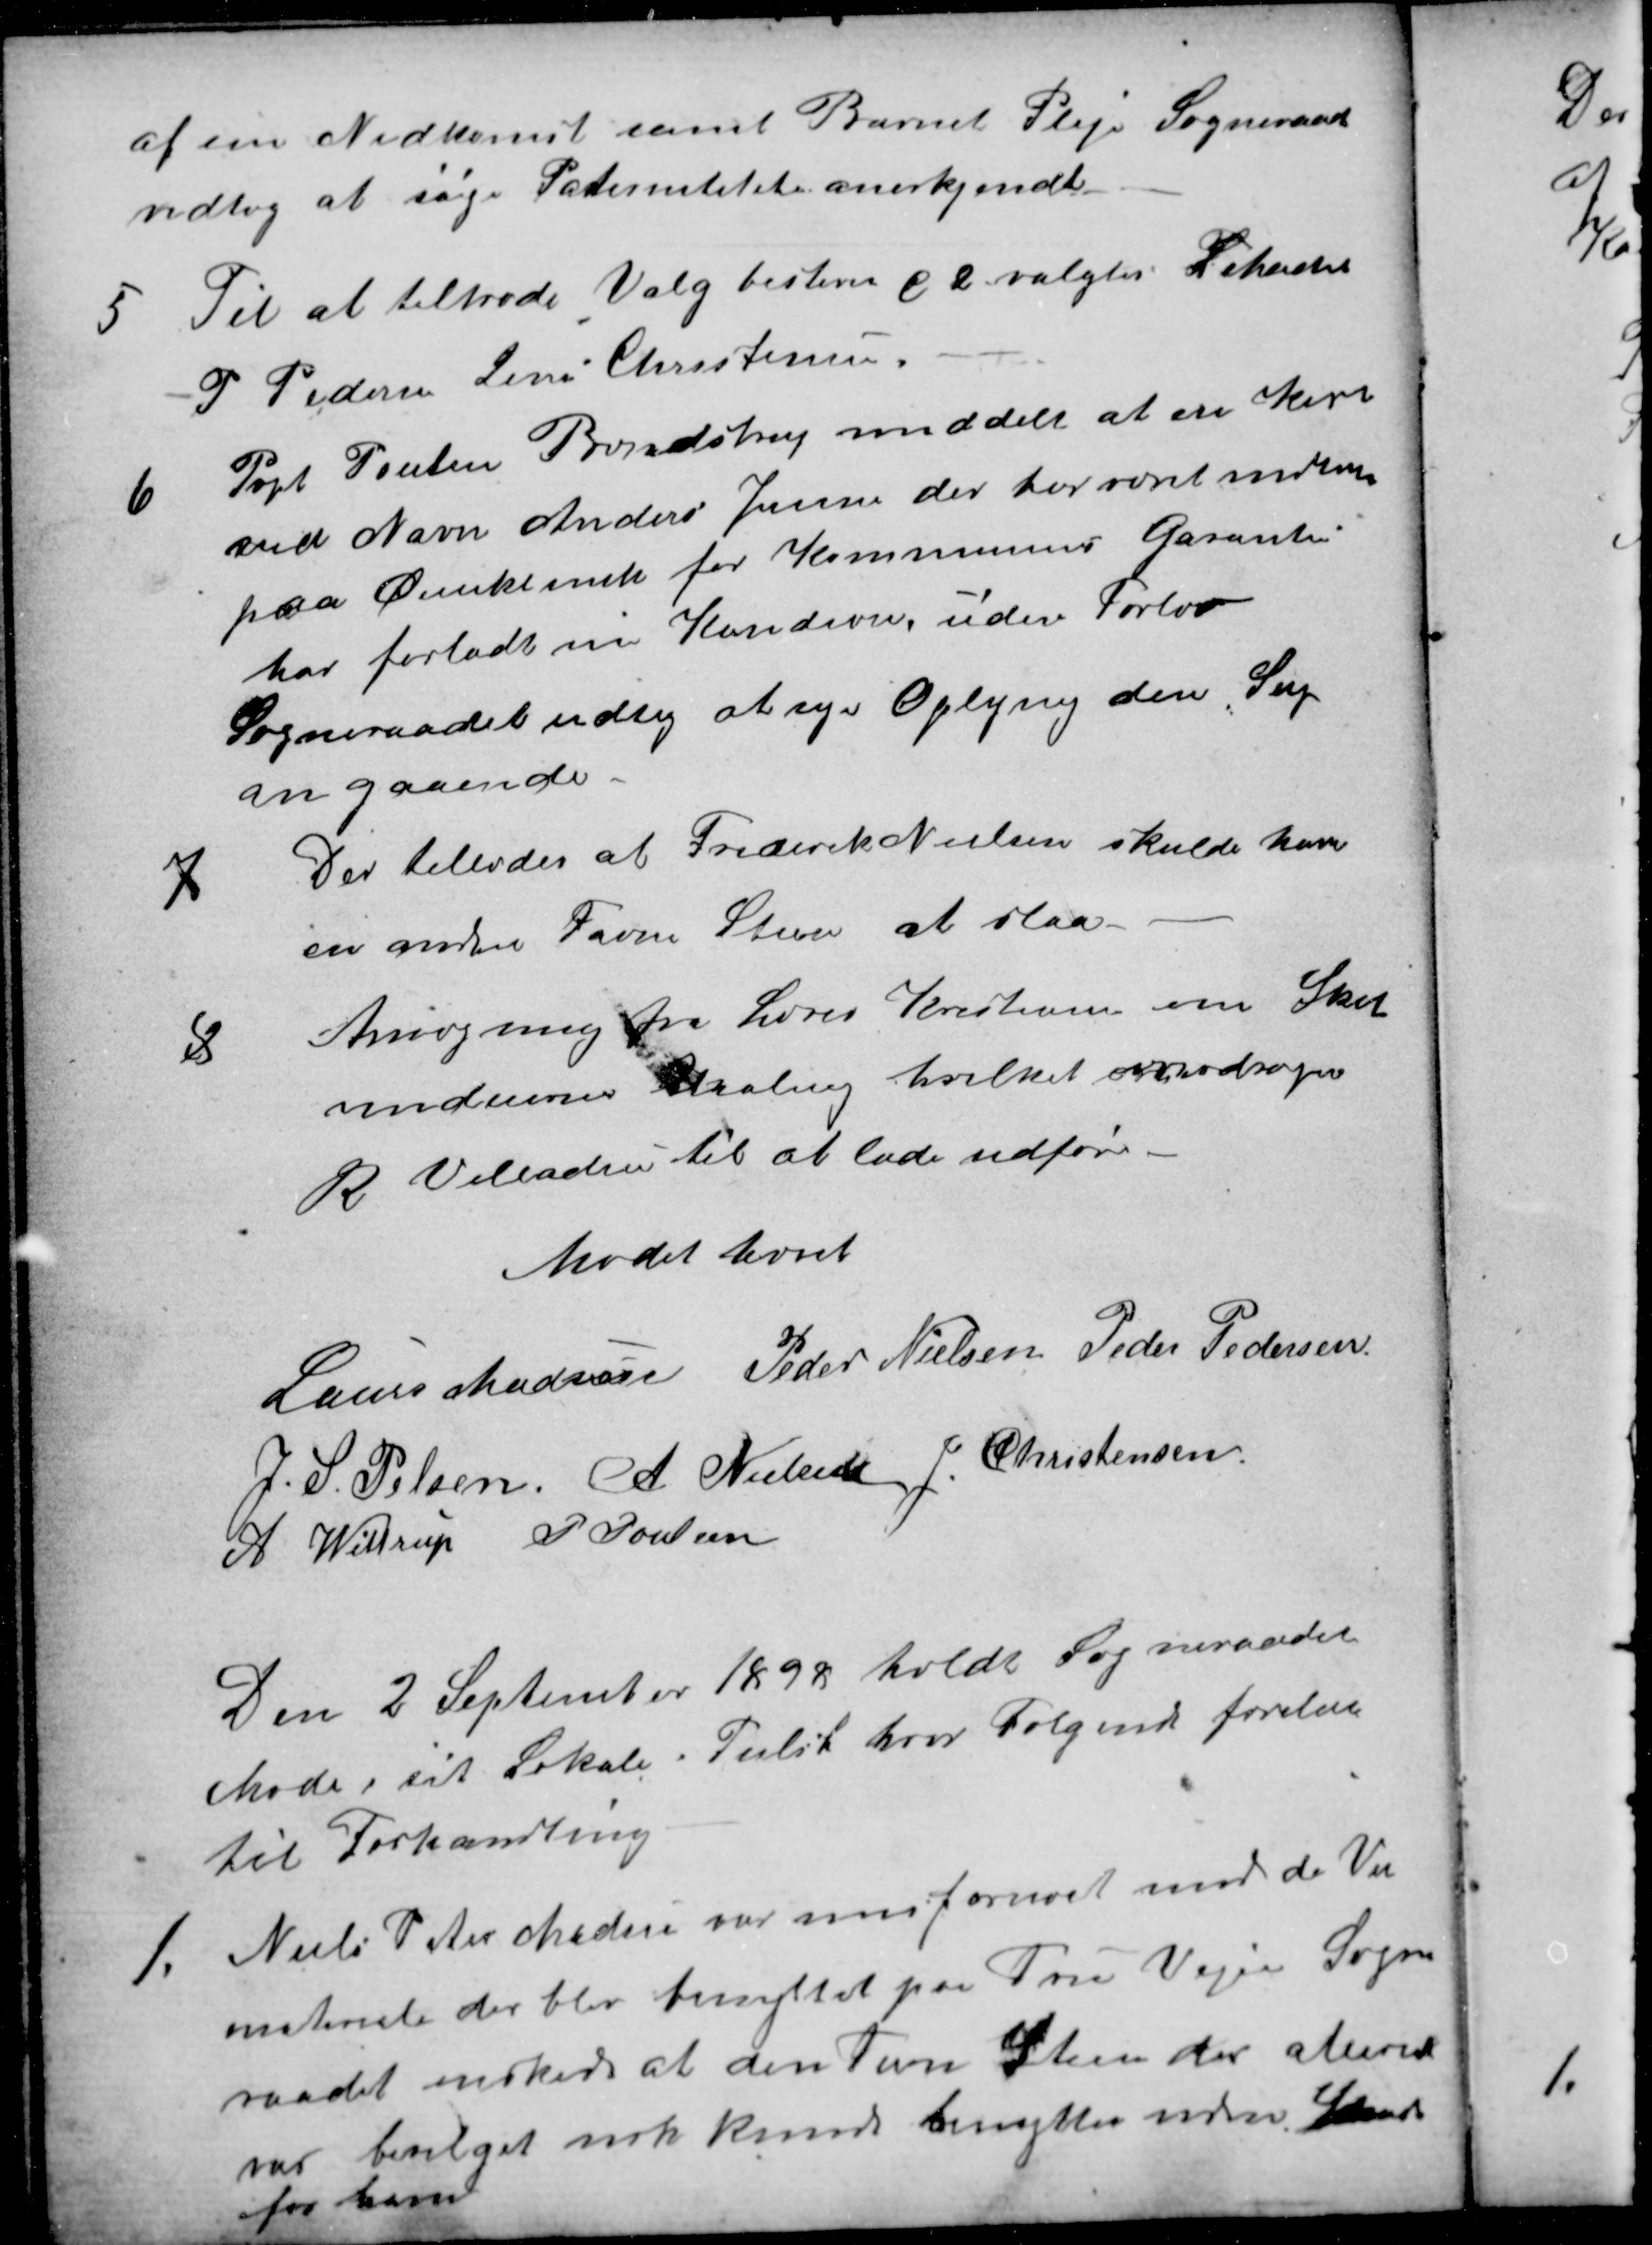
Transskription:
af en Nedkomst samt Barnets Pleje Sogneraad
vedtog at søge Paternitetet anerkjendt
5
Til at tiltræde Valg bestem d 2 valgtes L Madsen
P Pedersen Jens Christensen
6
Prpt. Poulsen Brendstrup meddelt at en Karl
ved Navn Anders Jensen der har været indlagte
paa Øienklinik for Kommunens Garanti
har forladt sin Kondion uden Forlov
Sogneraadet vedtog at søge Oplysning den Sag
angaaende.
7
Der tillodes at Frederik Nielsen skulde have
en anden Favn Steen at slaa
8
Ansøgning fra Lærer Kristiansen om Skole
vinduernes Maling hvilket overdroges
R Villadsen til at lade udføre
Mødet hævet
Laurs Madsen
Peder Nielsen
Peder Pedersen
J. S. Pelsen
A. Nielsen
J. Christensen
A. Wittrup
P. Poulsen
Den 2 September 1898 holdt Sogneraadet
Møde i sit Lokale i Tiilst hvor Følgende forelaa
til Forhandling
1.
Niels Peter Madsen var misfornøiet med de Vei
matriale der blev benyttet paa True Vejen Sogne
raadet ønskede at den Favn Steen der allerede
var bevilget nok kunde benyttes uden Skade
for ham